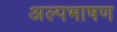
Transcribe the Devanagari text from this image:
अल्पभाषण